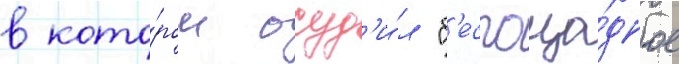
в кото́ром осуд'и́л "б'еспоща́дное